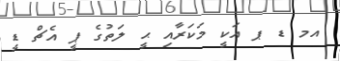
އމ ޑ ޕ އަކީ މަކަރާއި ޙީ ލަތުގެ ޕީ އެޗް ޑީ